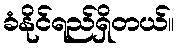
ခံနိုင်ရည်ရှိတယ်။